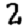
Digit: 2